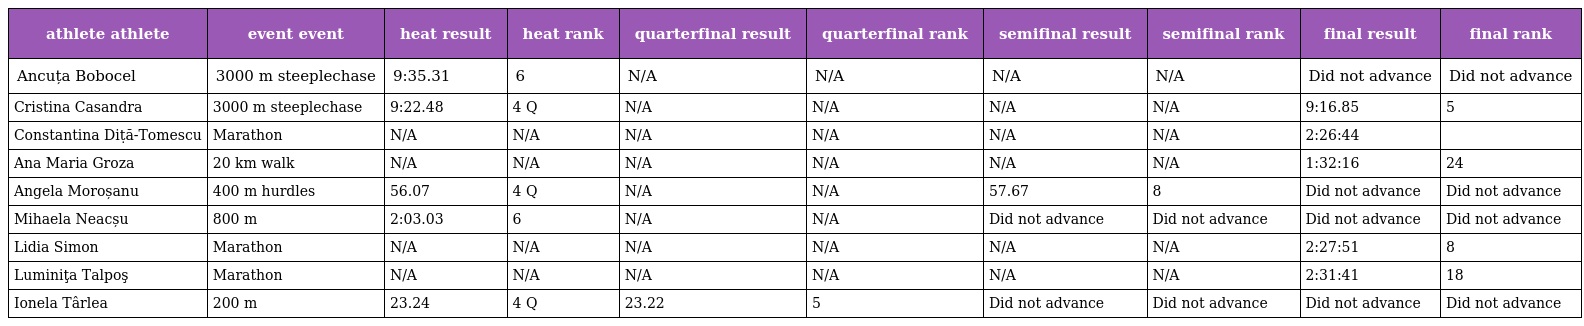
| athlete athlete | event event | heat result | heat rank | quarterfinal result | quarterfinal rank | semifinal result | semifinal rank | final result | final rank |
 | --- | --- | --- | --- | --- | --- | --- | --- | --- | --- |
 | Ancuța Bobocel | 3000 m steeplechase | 9:35.31 | 6 | N/A | N/A | N/A | N/A | Did not advance | Did not advance |
 | Cristina Casandra | 3000 m steeplechase | 9:22.48 | 4 Q | N/A | N/A | N/A | N/A | 9:16.85 | 5 |
 | Constantina Diṭă-Tomescu | Marathon | N/A | N/A | N/A | N/A | N/A | N/A | 2:26:44 |  |
 | Ana Maria Groza | 20 km walk | N/A | N/A | N/A | N/A | N/A | N/A | 1:32:16 | 24 |
 | Angela Moroșanu | 400 m hurdles | 56.07 | 4 Q | N/A | N/A | 57.67 | 8 | Did not advance | Did not advance |
 | Mihaela Neacșu | 800 m | 2:03.03 | 6 | N/A | N/A | Did not advance | Did not advance | Did not advance | Did not advance |
 | Lidia Simon | Marathon | N/A | N/A | N/A | N/A | N/A | N/A | 2:27:51 | 8 |
 | Luminiţa Talpoş | Marathon | N/A | N/A | N/A | N/A | N/A | N/A | 2:31:41 | 18 |
 | Ionela Târlea | 200 m | 23.24 | 4 Q | 23.22 | 5 | Did not advance | Did not advance | Did not advance | Did not advance |